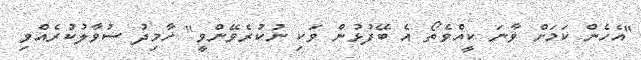
"އެހެން ކަމަށް ވާނަ ކީއްވެތޯ އެ ބޭފުޅުން ވަކި ނުކުރެވޭންވީ" ހާމިދު ސުވާލުކުރެއްވި